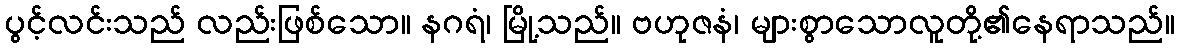
ပွင့်လင်းသည် လည်းဖြစ်သော။ နဂရံ၊ မြို့သည်။ ဗဟုဇနံ၊ များစွာသောလူတို့၏နေရာသည်။